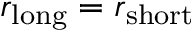
r _ { \mathrm { l o n g } } = r _ { \mathrm { s h o r t } }